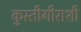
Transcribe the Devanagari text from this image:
कुस्तीगीराशी